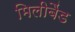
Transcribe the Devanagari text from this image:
मिलीबैंड